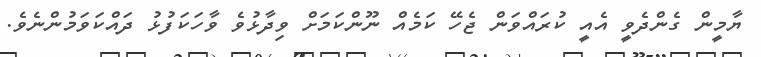
ޔާމީން ގެންދެވީ އެއީ ކުރައްވަން ޖެހޭ ކަމެއް ނޫންކަމަށް ވިދާޅުވެ ވާހަކަފުޅު ދައްކަވަމުންނެވެ.